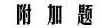
附加题